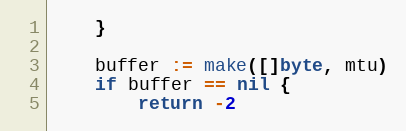
Language: Go
	}

	buffer := make([]byte, mtu)
	if buffer == nil {
		return -2